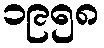
၁၉၅၈